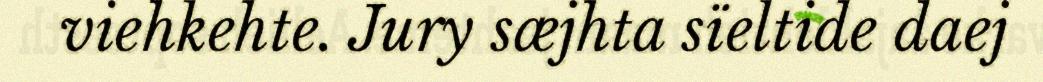
viehkehte. Jury sæjhta sïeltide daej